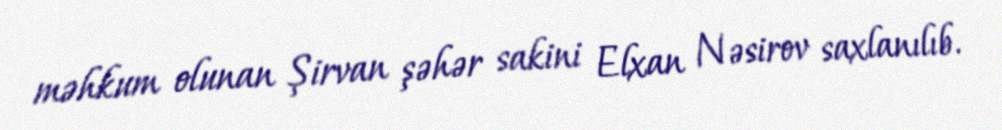
məhkum olunan Şirvan şəhər sakini Elxan Nəsirov saxlanılıb.